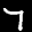
Label: 7